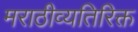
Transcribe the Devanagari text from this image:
मराठीव्यतिरिक्त